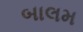
બાલમ